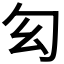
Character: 𠣎